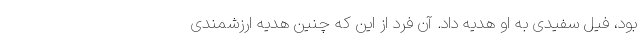
بود، فیل سفیدی به او هدیه داد. آن فرد از این که چنین هدیه ارزشمندی